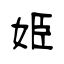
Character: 姫